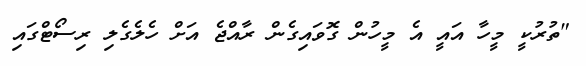
"ތުރުކީ މީހާ އައީ އެ މީހުން ގޮވައިގެން ރާއްޖެ އަށް ހެލެގެލި ރިސޯޓްގައި